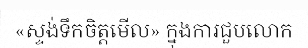
«ស្ទង់ទឹកចិត្តមើល» ក្នុងការជួបលោក